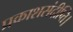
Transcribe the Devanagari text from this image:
प्रकाशसंदीप्ति।